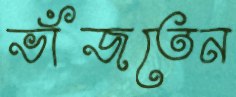
ভাঁজতেন